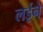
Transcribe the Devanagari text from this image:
लईने